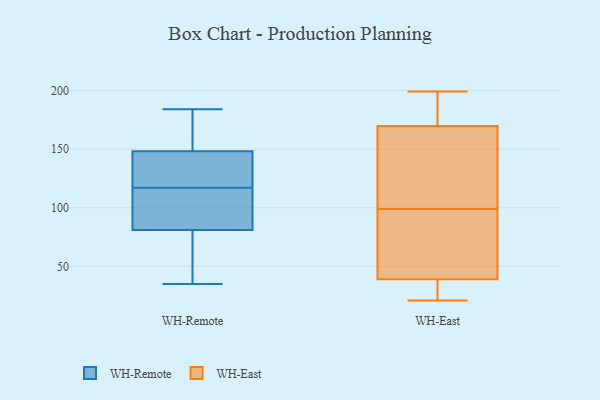
{"axis": {"x": "Churn Rate (%)", "y": "Value"}, "legend": ["WH-East", "WH-Remote"], "data": [{"x": "", "y": 143, "type": "WH-Remote"}, {"x": "", "y": 107, "type": "WH-Remote"}, {"x": "", "y": 142, "type": "WH-Remote"}, {"x": "", "y": 184, "type": "WH-Remote"}, {"x": "", "y": 169, "type": "WH-Remote"}, {"x": "", "y": 175, "type": "WH-Remote"}, {"x": "", "y": 54, "type": "WH-Remote"}, {"x": "", "y": 104, "type": "WH-Remote"}, {"x": "", "y": 150, "type": "WH-Remote"}, {"x": "", "y": 133, "type": "WH-Remote"}, {"x": "", "y": 35, "type": "WH-Remote"}, {"x": "", "y": 84, "type": "WH-Remote"}, {"x": "", "y": 80, "type": "WH-Remote"}, {"x": "", "y": 45, "type": "WH-Remote"}, {"x": "", "y": 117, "type": "WH-Remote"}, {"x": "", "y": 61, "type": "WH-East"}, {"x": "", "y": 21, "type": "WH-East"}, {"x": "", "y": 91, "type": "WH-East"}, {"x": "", "y": 191, "type": "WH-East"}, {"x": "", "y": 31, "type": "WH-East"}, {"x": "", "y": 199, "type": "WH-East"}, {"x": "", "y": 148, "type": "WH-East"}, {"x": "", "y": 22, "type": "WH-East"}, {"x": "", "y": 38, "type": "WH-East"}, {"x": "", "y": 99, "type": "WH-East"}, {"x": "", "y": 154, "type": "WH-East"}, {"x": "", "y": 108, "type": "WH-East"}, {"x": "", "y": 175, "type": "WH-East"}, {"x": "", "y": 197, "type": "WH-East"}, {"x": "", "y": 42, "type": "WH-East"}]}